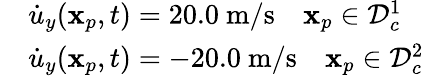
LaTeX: \begin{array}{rl}&{\dot{u}_{y}(\mathbf{x}_{p},t)=20.0\mathrm{~m}/\mathrm{s}\quad\mathbf{x}_{p}\in\mathcal{D}_{c}^{1}}\\ &{\dot{u}_{y}(\mathbf{x}_{p},t)=-20.0\mathrm{~m}/\mathrm{s}\quad\mathbf{x}_{p}\in\mathcal{D}_{c}^{2}}\end{array}